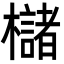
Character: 櫧